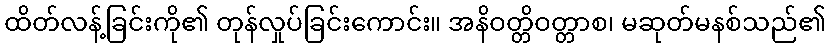
ထိတ်လန့်ခြင်းကို၏ တုန်လှုပ်ခြင်းကောင်း။ အနိဝတ္တိဝတ္တာစ၊ မဆုတ်မနစ်သည်၏